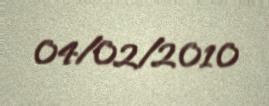
04/02/2010